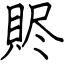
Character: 䝲